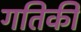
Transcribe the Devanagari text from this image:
गतिकी